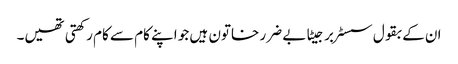
ان کے بقول سسٹر برجیٹا بے ضرر خاتون ہیں جو اپنے کام سے کام رکھتی تھیں۔